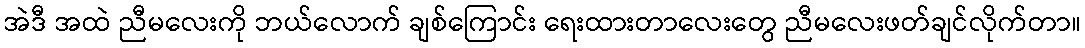
အဲဒီ အထဲ ညီမလေးကို ဘယ်လောက် ချစ်ကြောင်း ရေးထားတာလေးတွေ ညီမလေးဖတ်ချင်လိုက်တာ။